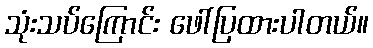
သုံးသပ်ကြောင်း ဖေါ်ပြထားပါတယ်။